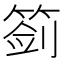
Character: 䈩